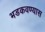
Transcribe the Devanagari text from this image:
भडकवण्यास